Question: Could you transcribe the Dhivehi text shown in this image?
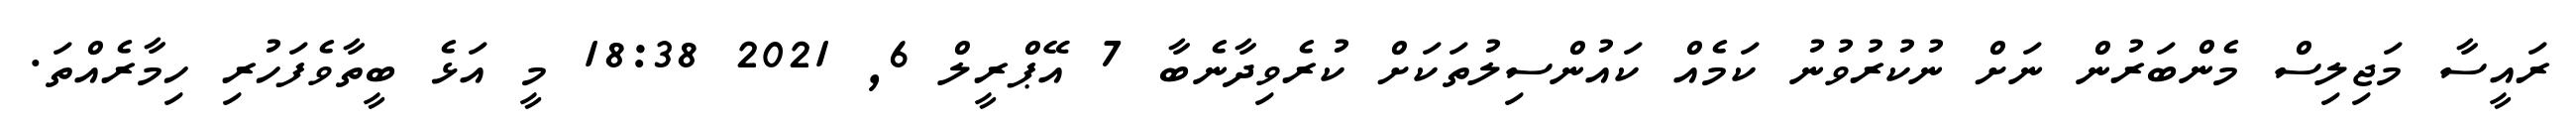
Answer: ރައީސާ މަޖިލިސް މެންބަރުން ނަށް ނުކުރުވުނު ކަމެއް ކައުންސިލުތަކަށް ކުރެވިދާނެބާ 7 އޭޕްރީލް 6, 2021 18:38 މީ އަޅެ ބީތާވެފަހުރި ހިމާރެއްތަ.